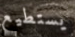
يستطيع